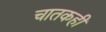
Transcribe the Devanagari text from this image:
चातकही